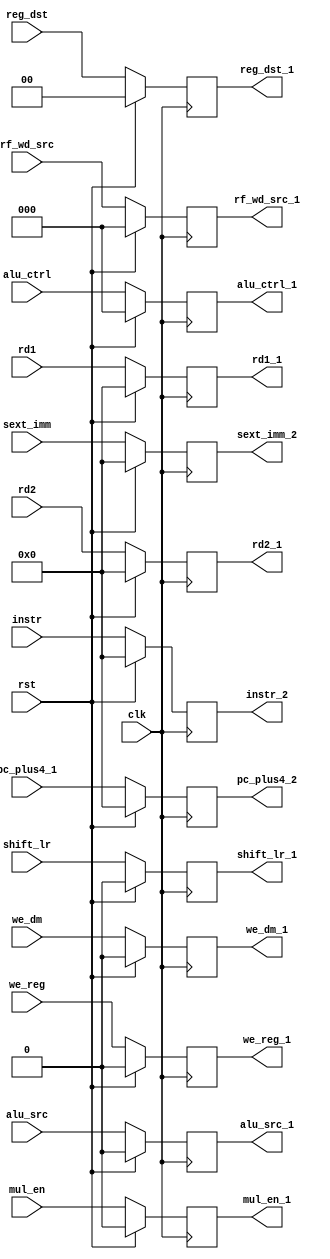
module id_exe_reg(

        input  wire             clk,
        input  wire             rst,
        input  wire             we_dm,
        input  wire [2:0]  rf_wd_src,
        input  wire [31:0] sext_imm,
        input  wire [31:0] pc_plus4_1,
        input  wire [31:0] rd1, rd2,
        input  wire             mul_en,
        input  wire             alu_src,
        input  wire             we_reg,
        input  wire [2:0]       alu_ctrl,
        input  wire             shift_lr,
        input  wire [31:0]      instr,
        input  wire [1:0]       reg_dst,
        output  reg             we_dm_1,
        output  reg [2:0]  rf_wd_src_1,
        output  reg [31:0] sext_imm_2,
        output  reg [31:0] pc_plus4_2,
        output  reg [31:0] rd1_1,
        output  reg             mul_en_1,
        output  reg [31:0] rd2_1,
        output  reg             alu_src_1,
        output  reg [2:0]       alu_ctrl_1,
        output  reg             shift_lr_1,
        output  reg [31:0] instr_2,
        output  reg [1:0]       reg_dst_1,
        output  reg             we_reg_1
    );
    
    always @ (posedge clk) begin
        if (rst) begin
            we_dm_1 <= 0; 
            rf_wd_src_1 <= 0;
            sext_imm_2 <= 0;
            pc_plus4_2 <= 0;
            rd1_1 <= 0;
            mul_en_1 <= 0;
            rd2_1 <= 0;
            alu_src_1 <= 0;
            alu_ctrl_1 <= 0;
            shift_lr_1 <= 0;
            instr_2 <= 0;
            reg_dst_1 <= 0;
            we_reg_1 <=0;
        end
        else begin 
            we_dm_1 <= we_dm; 
            rf_wd_src_1 <= rf_wd_src;
            sext_imm_2 <= sext_imm;
            pc_plus4_2 <= pc_plus4_1;
            rd1_1 <= rd1;
            mul_en_1 <= mul_en;
            rd2_1 <= rd2;
            alu_src_1 <= alu_src;
            alu_ctrl_1 <= alu_ctrl;
            shift_lr_1 <= shift_lr;
            instr_2 <= instr;
            reg_dst_1 <= reg_dst;  
            we_reg_1 <= we_reg;         
        end
    end    
endmodule